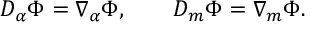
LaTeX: { \cal D } _ { \alpha } \Phi = \nabla _ { \alpha } \Phi , \qquad { \cal D } _ { m } \Phi = \nabla _ { m } \Phi .